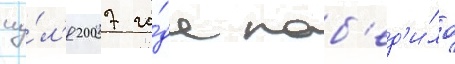
иу́л'я 2007 го́да поб'ед'и́ло